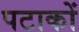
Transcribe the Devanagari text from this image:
पटाकों